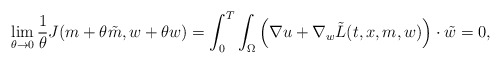
\begin{align*}\lim_{\theta \to 0} \frac{1}{\theta}J(m+\theta \tilde{m},w+\theta{w}) = \int_{0}^T \int_{\Omega} \left(\nabla u + \nabla_w \tilde{L}(t,x,m,w)\right) \cdot \tilde{w} = 0,\end{align*}